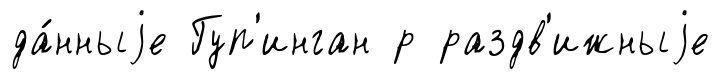
да́нныjе Гуп'инган р раздв'ижныjе